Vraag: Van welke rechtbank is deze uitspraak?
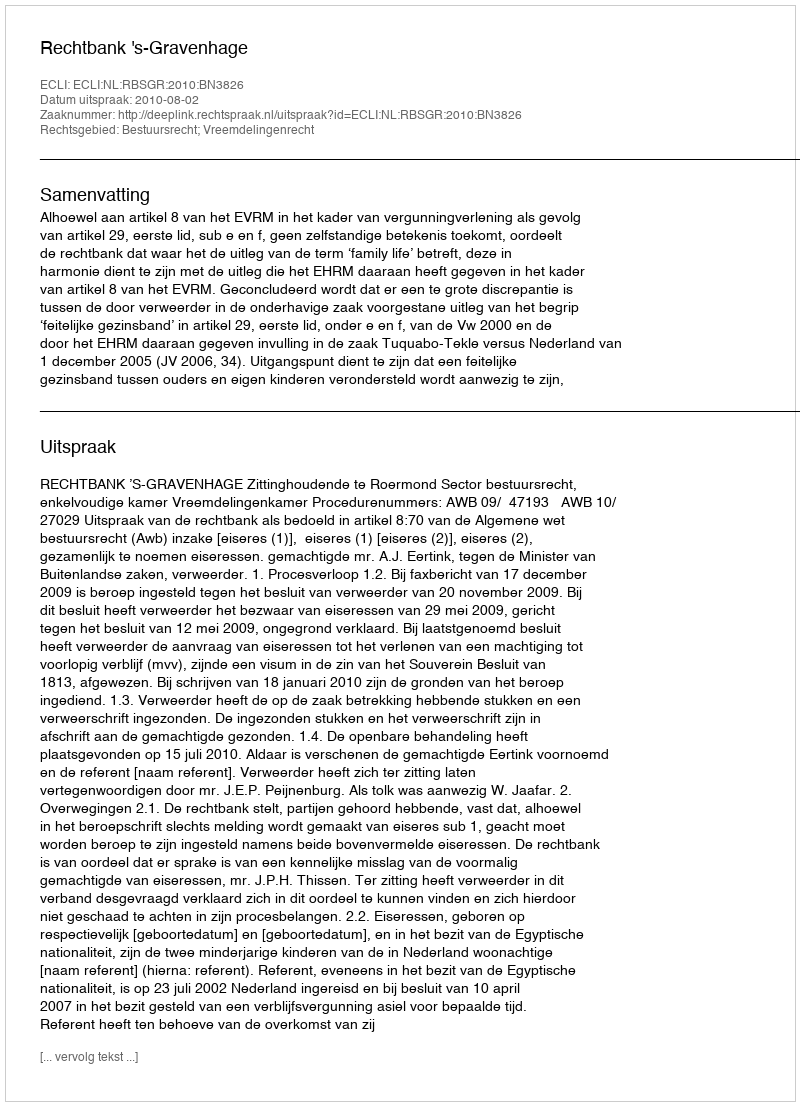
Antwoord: Rechtbank 's-Gravenhage